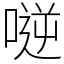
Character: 𠸺